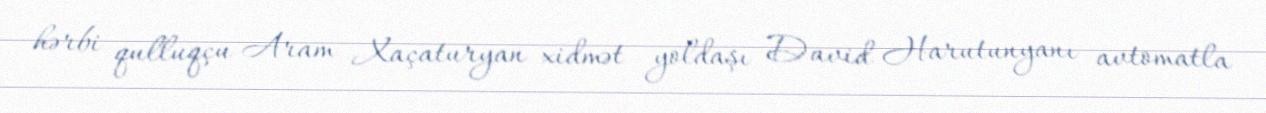
hərbi qulluqçu Aram Xaçaturyan xidmət yoldaşı David Harutunyanı avtomatla